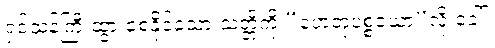
ရှင်သန်ကြီးထွားစေနိုင်သော သတ္တိကို “ဟေတုပစ္စယော”လို့ ခေါ်။